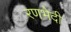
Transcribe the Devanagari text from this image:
रणभेदी